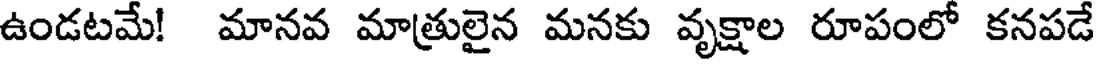
ఉండటమే! మానవ మాత్రులైన మనకు వృక్షాల రూపంలో కనపడే